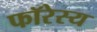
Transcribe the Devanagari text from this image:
फॉरेस्य